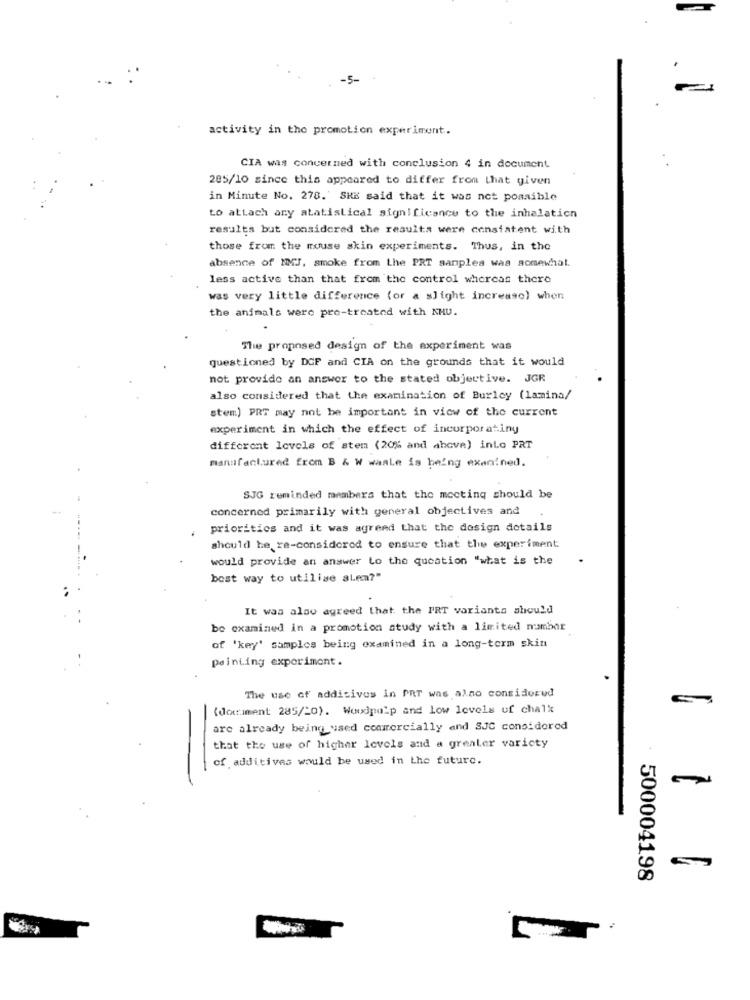
-5-
activity in the promotion experiment.
CIA was concerned with conclusion 4 in document
285/10 since this appeared to differ from that given
in Minute No. 278." SHE said that it was not possible
to attach any atatistical significance to the inhalation
results but considered the results were consistent with
those from the mouse skin experiments. Thus, in the
absence of MMJ, smoke from the PRT samples was somewhat.
less active than that from the control whereas there
was very little difference (or a slight increase) when
the animals were pro-treated with KHU.
The proposed design of the experiment was
questioned by DOF and CIA on the grounds that it would
not provide an answer to the stated objective. JGR
also considered that the examination of Burley (lamina/
stem) PRT may not be important in view of the current
experiment in which the effect of incurporatiny
different levels of stem (20% and above) into PRT
manufactured from B & W waale is being exanined.
SJG reminded members that the mocting should be
concerned primarily with general objectives and
prioritics and it was agreed that the design details
should be re-considered to ensure that the experiment
would provide an answer to the question "what is the
best way to utilise alem?"
It was also agreed that the PRT varianta should
be examined in a promotion study with a limited number
of 'key' samples being examined in a long-term skin
painting experiment .
The use of additives in PRT was also considered
(dokument 285/20). Woodpulp and low levels of chalk
are already being used commercially and SJC considered
that the use of higher levels and a greater varicty
of additives would be used in the future.
500004198